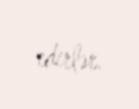
edirlər.